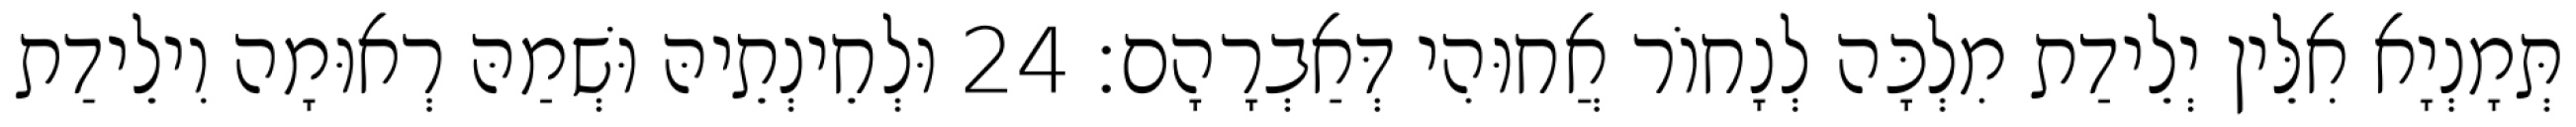
תְּמָנְיָא אִלֵּין יְלֵידַת מִלְכָּה לְנָחוֹר אֲחוּהִי דְּאַבְרָהָם׃ 24 וּלְחֵינְתֵיהּ וּשְׁמַהּ רְאוּמָה וִילֵידַת